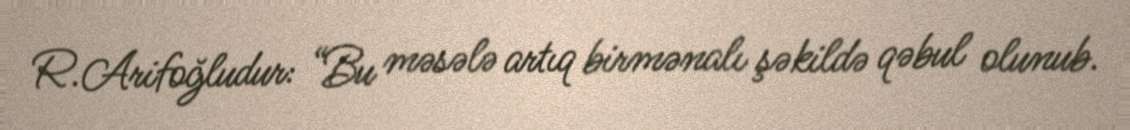
R.Arifoğludur: “Bu məsələ artıq birmənalı şəkildə qəbul olunub.